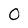
Character: 0